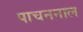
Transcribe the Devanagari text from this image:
पाचननाल